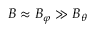
B \approx B _ { \varphi } \gg B _ { \theta }